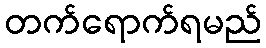
တက်ရောက်ရမည်